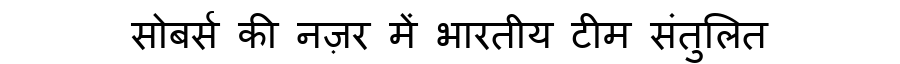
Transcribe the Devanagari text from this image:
सोबर्स की नज़र में भारतीय टीम संतुलित